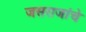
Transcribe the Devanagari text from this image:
जसराजांचे